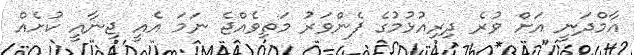
އާމްދަނީ އަށް ވުރެ ދިރިއުޅުމުގެ ފެންވަރު މަތިވެއްޖެ ނަމަ އެއީ ޖިނާއީ ކުށެއް